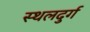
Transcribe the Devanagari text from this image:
स्थलदुर्ग